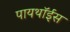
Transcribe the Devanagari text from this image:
पायथॉईस